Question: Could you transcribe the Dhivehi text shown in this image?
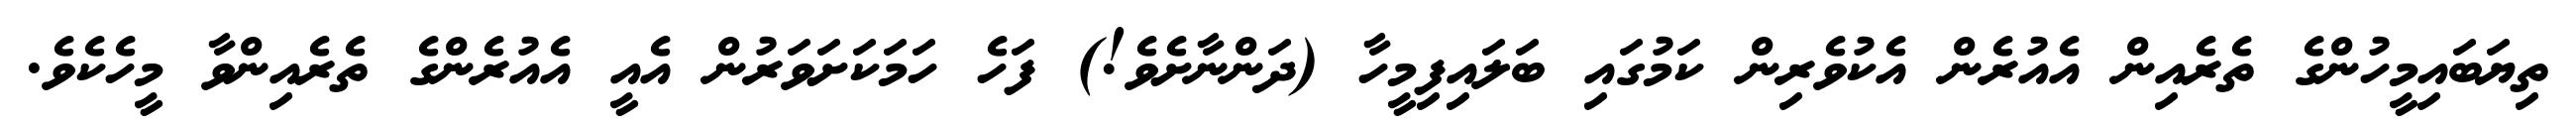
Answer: ތިޔަބައިމީހުންގެ ތެރެއިން އެއުރެން އެކުވެރިން ކަމުގައި ބަލައިފިމީހާ (ދަންނާށެވެ!) ފަހެ ހަމަކަށަވަރުން އެއީ އެއުރެންގެ ތެރެއިންވާ މީހެކެވެ.